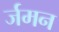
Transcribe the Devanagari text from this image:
र्जमन